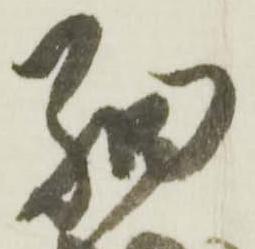
細